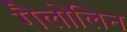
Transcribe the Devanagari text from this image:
गैलोलिन